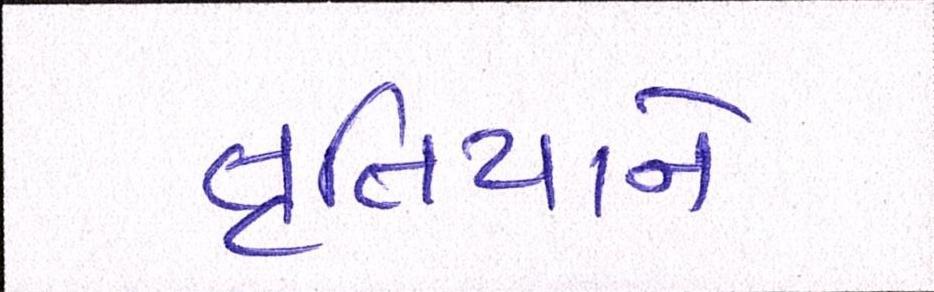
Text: તૃતિયાને